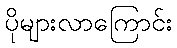
ပိုများလာကြောင်း